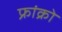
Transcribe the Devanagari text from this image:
फ्रांक्रो